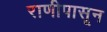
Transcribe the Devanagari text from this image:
राणीपासून